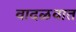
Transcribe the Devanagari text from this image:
वादळवात